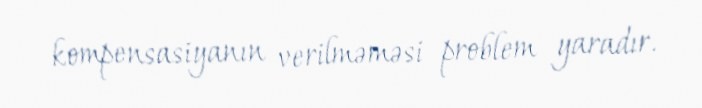
kompensasiyanın verilməməsi problem yaradır.